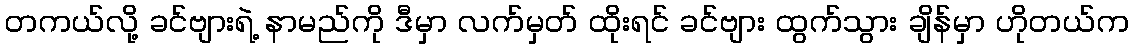
တကယ်လို့ ခင်ဗျားရဲ့ နာမည်ကို ဒီမှာ လက်မှတ် ထိုးရင် ခင်ဗျား ထွက်သွား ချိန်မှာ ဟိုတယ်က